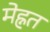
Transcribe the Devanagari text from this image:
मेह्नत